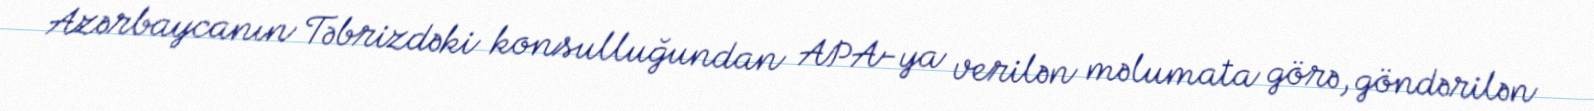
Azərbaycanın Təbrizdəki konsulluğundan APA-ya verilən məlumata görə, göndərilən